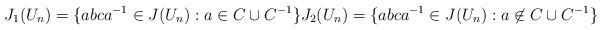
LaTeX: \begin{align*}J_1(U_n)=\{abca^{-1}\in J(U_n): a\in C\cup C^{-1}\} J_2(U_n)=\{abca^{-1}\in J(U_n): a\not\in C\cup C^{-1}\}\end{align*}